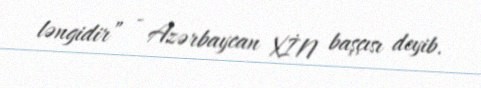
ləngidir” - Azərbaycan XİN başçısı deyib.